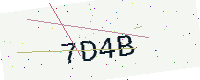
Text: 7D4B